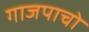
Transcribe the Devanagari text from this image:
गाजपाचो